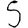
Digit: 5